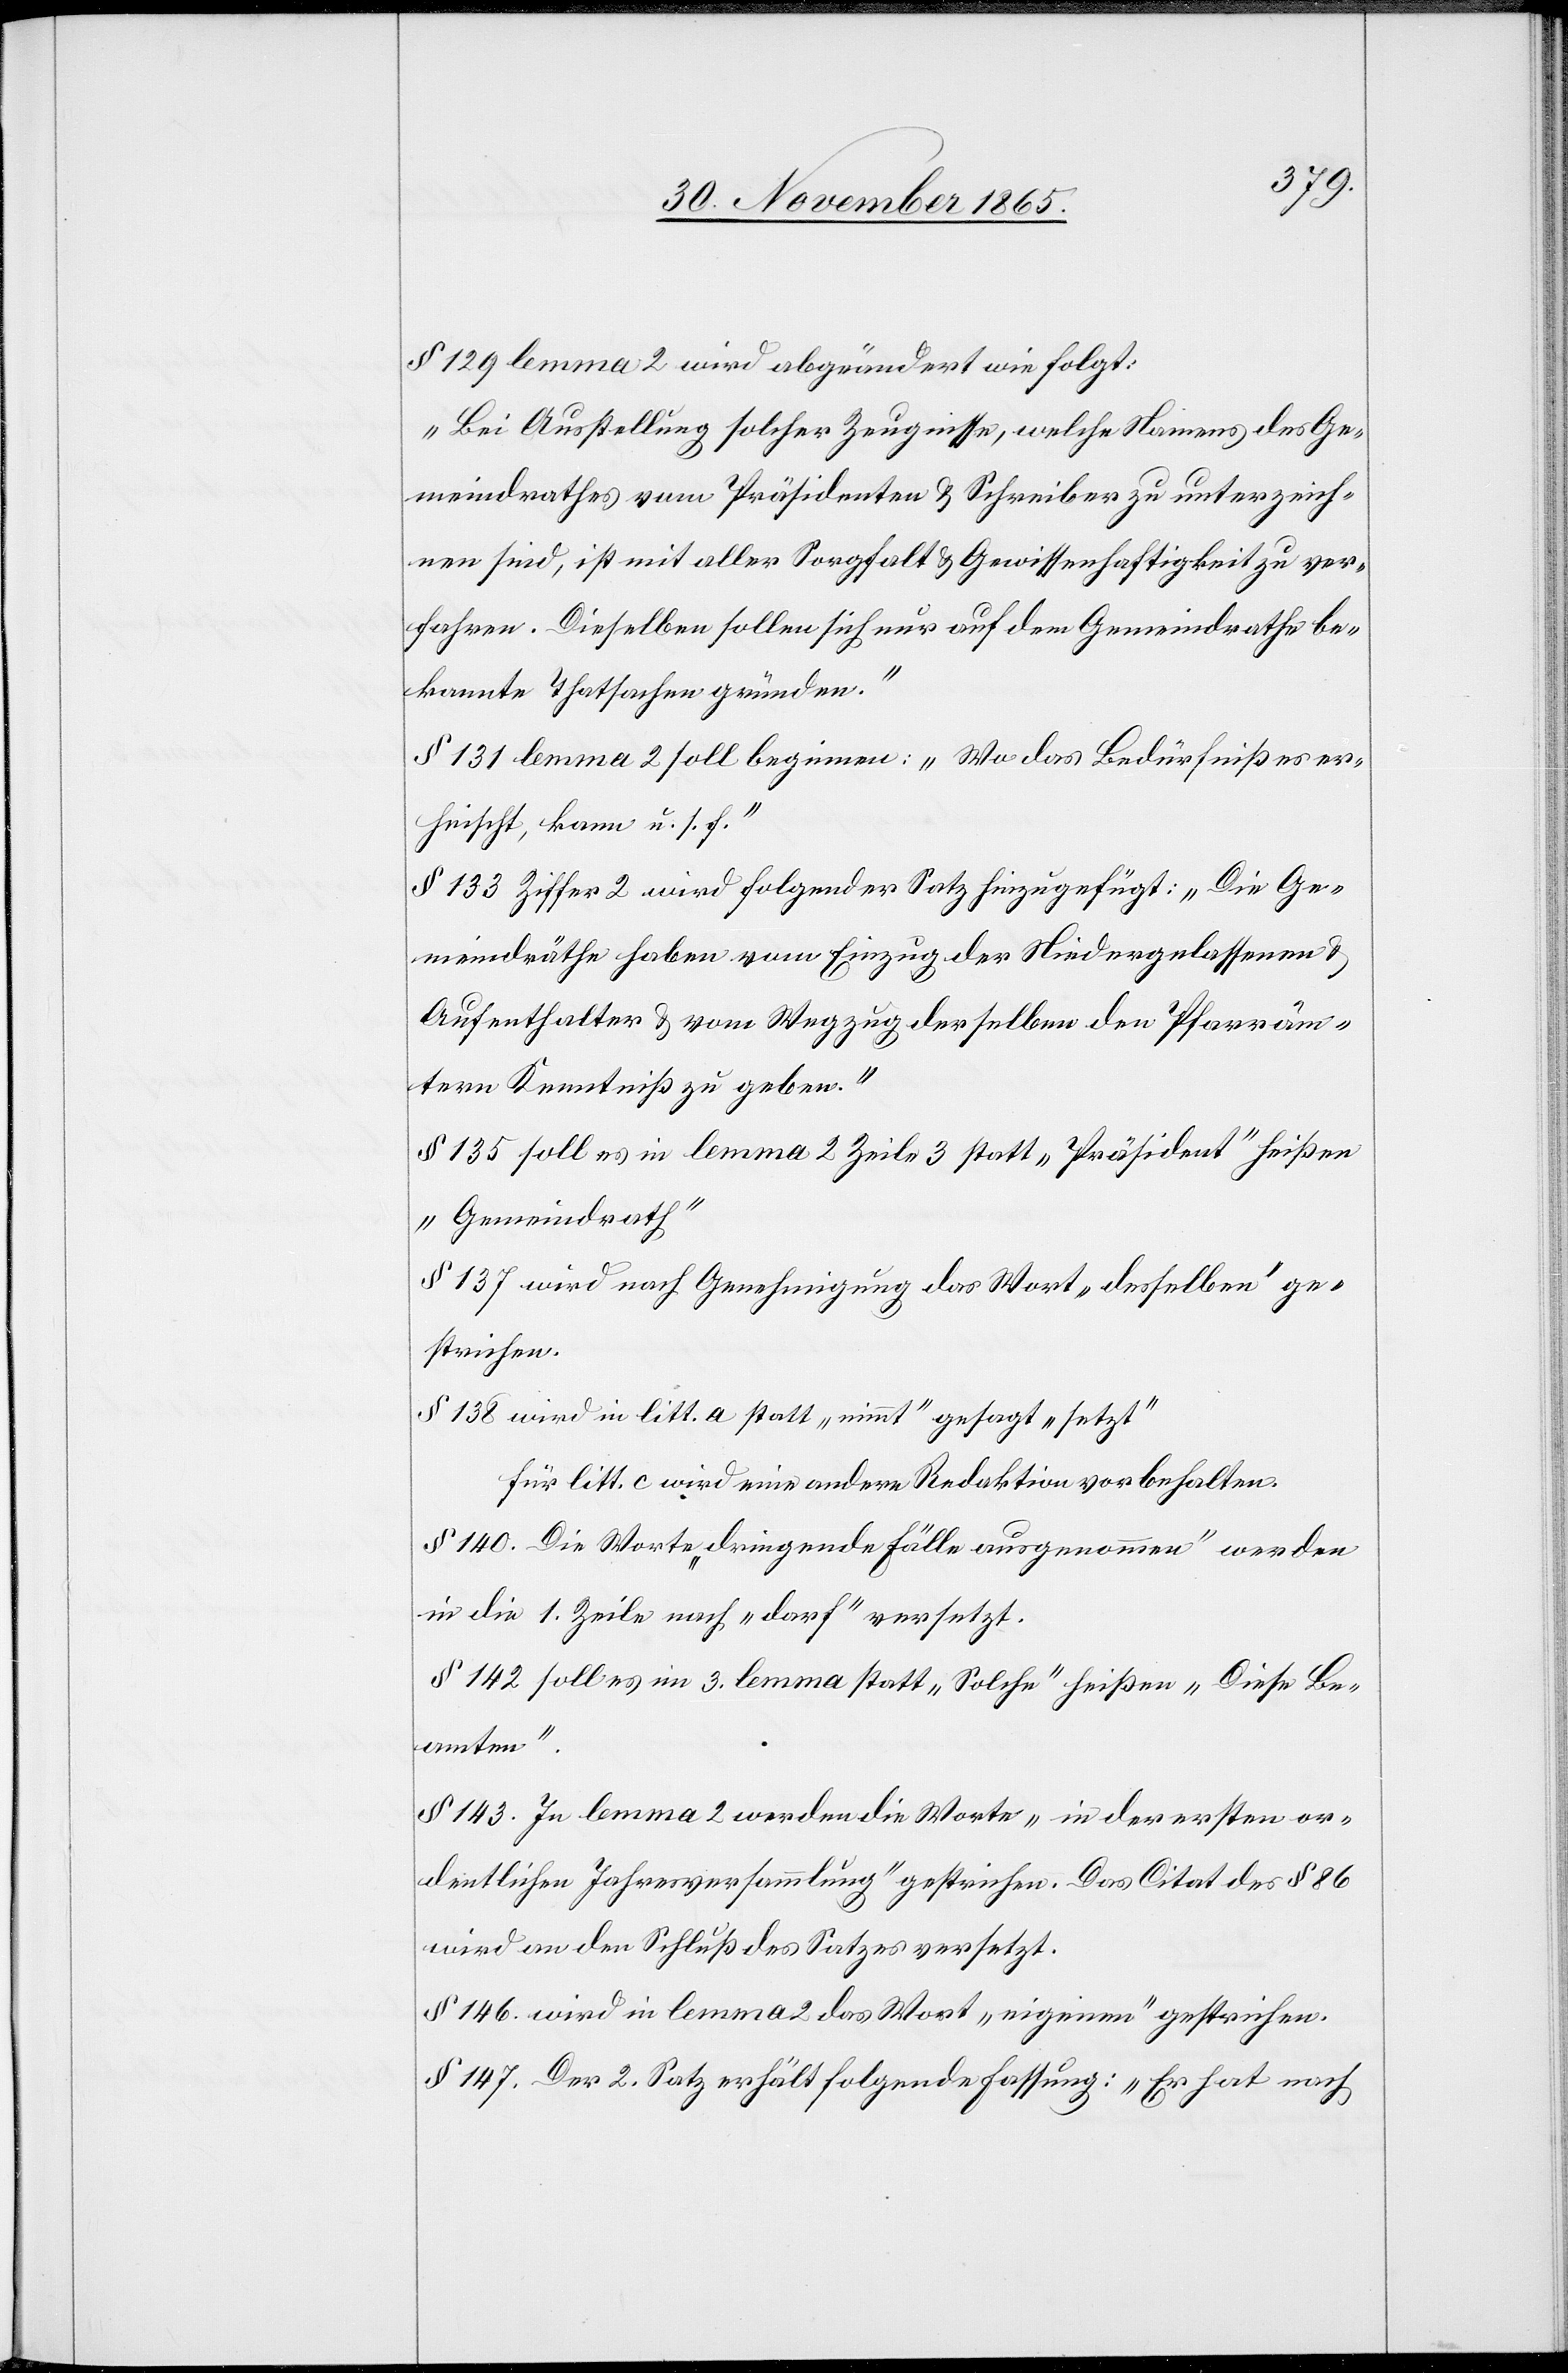
§ 129 lemma 2 wird abgeändert wie folgt:
„Bei Ausstellung solcher Zeugnisse, welche Namens des Ge¬
meindrathes vom Präsidenten & Schreiber zu unterzeich¬
nen sind, ist mit aller Sorgfalt & Gewissenhaftigkeit zu ver¬
fahren. Dieselben sollen sich nur auf dem Gemeindrath be¬
kannte Thatsachen gründen.“
§ 131 lemma 2 soll beginnen: „Wo das Bedürfniß es er¬
heischt, kann u. s. f.“
§ 133 Ziffer 2 wird folgender Satz hinzugefügt: „Die Ge¬
meindräthe haben vom Einzug der Niedergelassenen &
Aufenthalter & vom Wegzug derselben den Pfarräm¬
tern Kenntniß zu geben.“
§ 135 soll es in lemma 2 Zeile 3 statt „Präsident“ heißen
„Gemeindrath“[.]
§ 137 wird nach Genehmigung das Wort „desselben“ ge¬
strichen.
§ 138 wird in litt. a statt „nimmt“ gesagt „setzt“
für litt. c wird eine andere Redaktion vorbehalten.
§ 140. Die Worte „dringende Fälle ausgenommen“ werden
in die 1. Zeile nach „darf“ versetzt.
§ 142 soll es im 3. lemma statt „Solche“ heißen „Diese Be¬
amten“.
§ 143. In lemma 2 werden die Worte „in der ersten or¬
dentlichen Jahresversammlung“ gestrichen. Das Citat des § 86
wird an den Schluß des Satzes versetzt.
§ 146 wird in lemma 2 das Wort „eigenen“ gestrichen.
§ 147. Der 2. Satz erhält folgende Fassung: „ Er hat nach